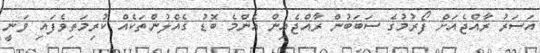
އަސަރު ރާއްޖެއަށް ފޯރުމުގެ ސަބަބުން ރާއްޖެއިން އެންމެ ބޮޑު ގެއްލުންތަކެއް ކުރިމަތިވެފައި ވަނީ